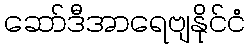
ဆော်ဒီအာရေဗျနိုင်ငံ